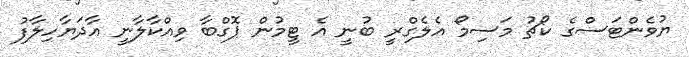
ޔުވެންޓަސްގެ ކޯޗު މަސިމޯ އެލެގްރީ ބުނީ އެ ޓީމުން ޕޮގްބާ ވިއްކާލާނީ އާދަޔާހިލާފު